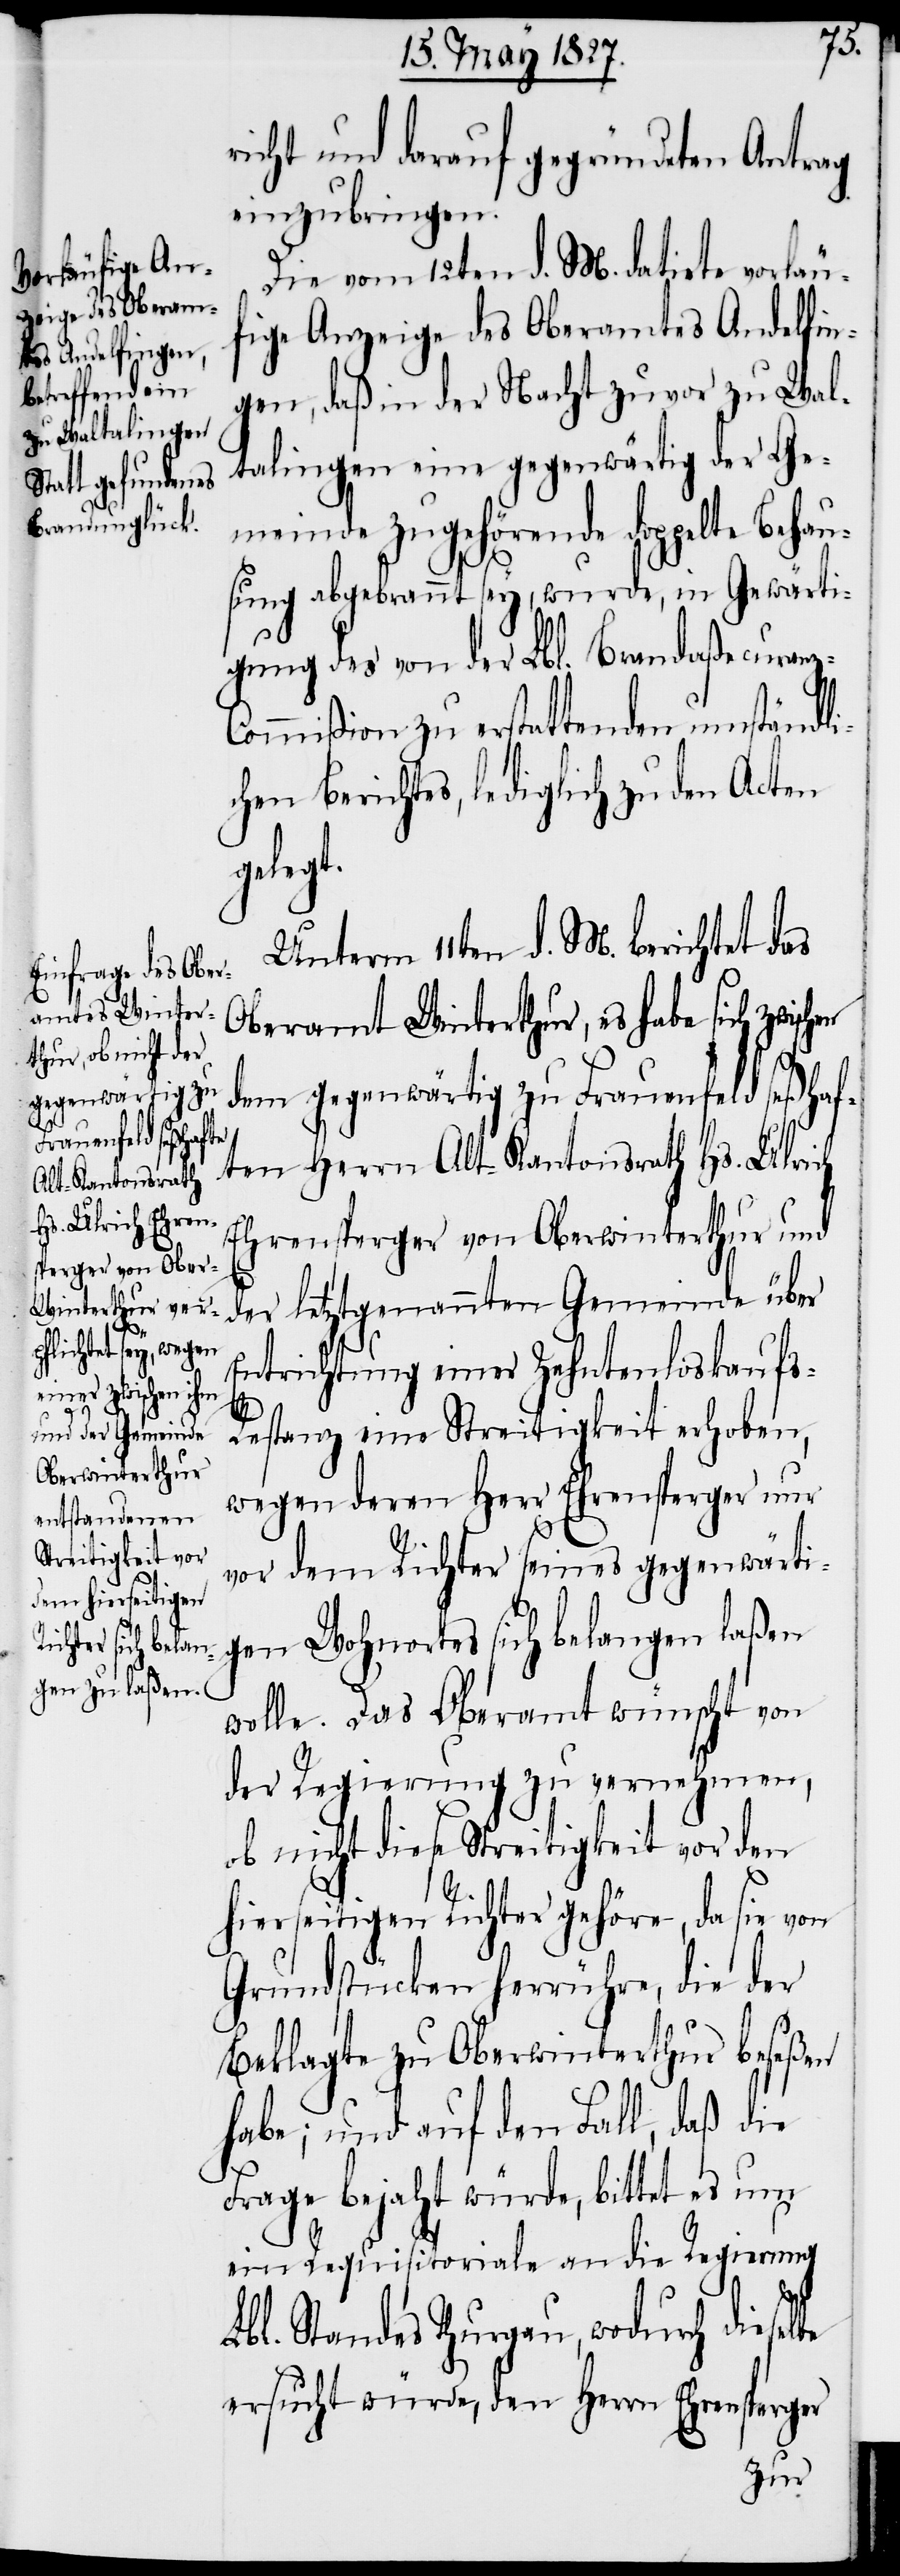
z-C¬
richt und darauf gegründeten Antrag
einzubringen.
Die vom 12ten d. M. datirte vorläu¬
fige Anzeige des Oberamtes Andelfin¬
gen, daß in der Nacht zuvor zu Wal¬
talingen eine gegenwärtig der Ge¬
meinde zugehörende doppelte Behau¬
sung abgebrannt sey, wurde, in Gewärti¬
gung des von der Lbl. Brandaßecuran¬
ommißion zu erstattendem umständli¬
chen Berichtes, lediglich zu den Acten
gelegt.
Unterm 11ten d. M. berichtet das
Oberamt Winterthur, es habe sich
dem gegenwärtig zu Frauenfeld seßhaf¬
ten Herrn Alt-Kantonsrath Hs. Ulrich
Ehrensperger von Oberwinterthur und
der letztgenannten Gemeinde über
Entrichtung einer Zehntenloskaufs-R¬
estanz eine Streitigkeit erhoben,
wegen deren Herr Ehrensperger nur
vor dem Richter seines gegenwärti¬
gen Wohnortes sich belangen laßen
wolle. Das Oberamt wünscht von
der Regierung zu vernehmen,
ob nicht diese Streitigkeit vor den
hierseitigen Richter gehöre, da sie von
Grundstücken herrühre, die der
Beklagte zu Oberwinterthur beseßen
habe; und auf den Fall, daß die
Frage bejaht würde, bittet es um
ein Requisitoriale an die Regierung
Lbl. Standes Thurgau, wodurch dieselbe
ersucht würde, den Herrn Ehrensperger